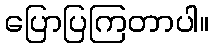
ပြောပြကြတာပါ။